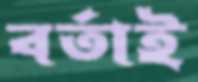
বর্তাই